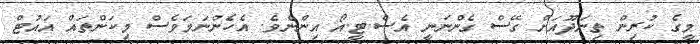
މީގެ ކުރިން ތިނަދޫއަށް ގޭސް ގެންނަނީ އެސް.ޓީ.އޯ އިންނެވެ. އެހެންނަމަވެސް މިކަންތައް އައުޓް